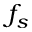
f _ { s }